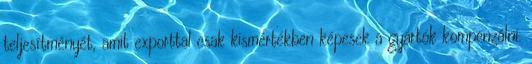
teljesítményét, amit exporttal csak kismértékben képesek a gyártók kompenzálni.